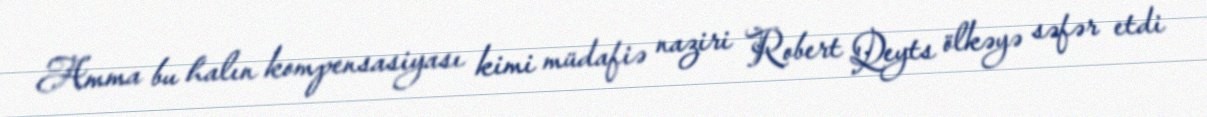
Amma bu halın kompensasiyası kimi müdafiə naziri Robert Qeyts ölkəyə səfər etdi